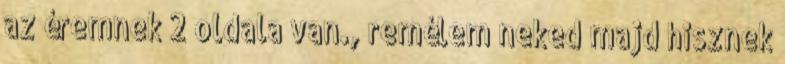
az éremnek 2 oldala van., remélem neked majd hisznek